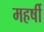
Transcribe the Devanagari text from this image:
महर्षी